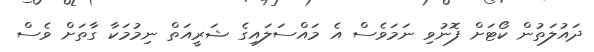
ދައުލަތުން ކޯޓަށް ފޮނުވި ނަމަވެސް އެ މައްސަލައިގެ ޝަރީއަތް ނިމުމަކާ ގާތަށް ވެސް